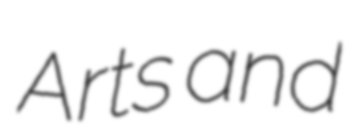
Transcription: Arts and